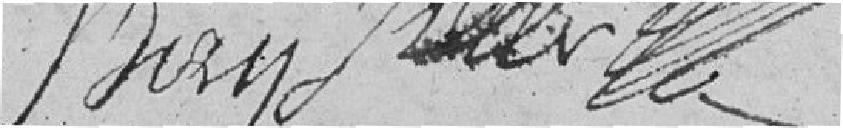
Biry